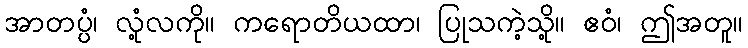
အာတပ္ပံ၊ လုံ့လကို။ ကရောတိယထာ၊ ပြုသကဲ့သို့။ ဧဝံ၊ ဤအတူ။